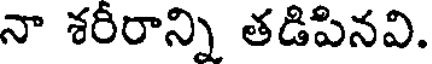
నా శరీరాన్ని తడిపినవి.